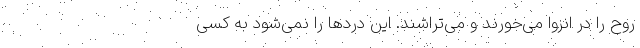
روح را در انزوا می‌خورند و می‌تراشند. این دردها را نمی‌شود به کسی